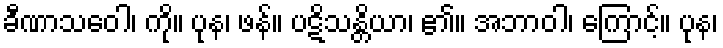
ခီဏာသဝေါ၊ ကို။ ပုန၊ ဖန်။ ပဋိသန္တိယာ၊ ၏။ အဘာဝါ၊ ကြောင့်။ ပုန၊